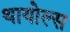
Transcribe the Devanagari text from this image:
थायोल्स